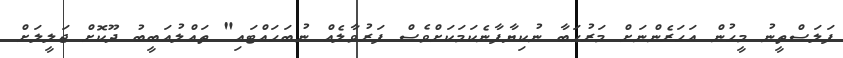
ފަލަސްތީނު މީހުން އަހަރެންނަށް މަރުޙަބާ ނުކިޔާފާނެކަމަކަށްވެސް ފަރުވާލެއް ނުބަހައްޓައި" ތައްލުއަބީބު ދޫކޮށް ޖަލީލަށް